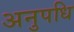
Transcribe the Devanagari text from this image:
अनुपधि